Report on the working of the mental hospitals for Indians in Bihar and Orissa - 1925-1929
Year: 1925
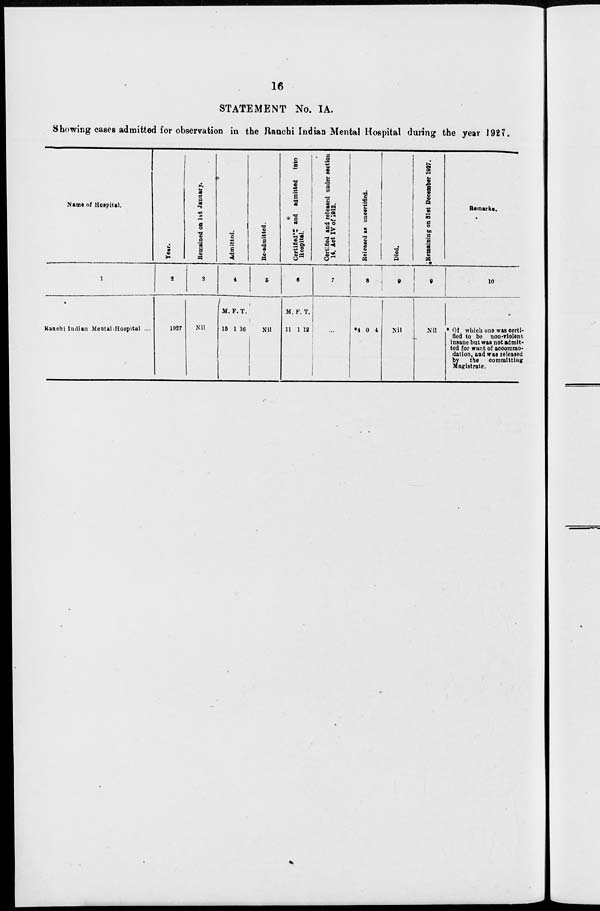
16
STATEMENT No. IA.
Showing cases admitted for observation in the Ranchi Indian Mental Hospital during the year 1927.
Name of Hospital.
1
Ranchi Indian Mental Hospital ...
Year.
2
1927
Remained on 1st January.
3
Nil
Admitted.
4
M.
15
F.
1
T.
16
Re-admitted.
5
Nil
Certified
and admitted into
Hospital.
6
M.
11
F.
1
T.
12
Certified and released under section
14, Act IV of 1912.
7
...
Released as uncertified.
8
*4 0 4
Died.
9
Nil
Remaining on 31st December 1927.
9
Nil
Remarks.
10
* Of which one was certi-
fied to be non-violent
insane but was not admit-
ted for want of accommo-
dation, and was released
by the committing
Magistrate.